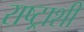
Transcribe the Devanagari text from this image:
राष्ट्राशी